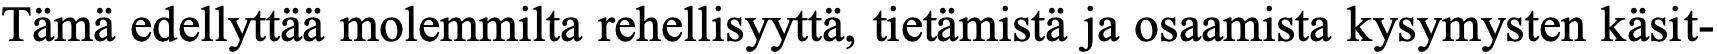
Tämä edellyttää molemmilta rehellisyyttä, tietämistä ja osaamista kysymysten käsit-